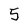
Character: 5